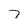
Character: 7